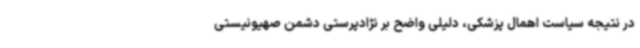
در نتیجه سیاست اهمال پزشکی، دلیلی واضح بر نژادپرستی دشمن صهیونیستی